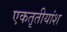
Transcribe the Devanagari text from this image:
एकतृतीयांश